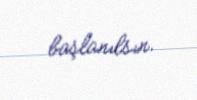
başlanılsın.